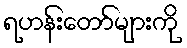
ရဟန်းတော်များကို